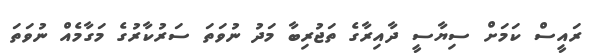
ރައީސް ކަމަށް ސިޔާސީ ދާއިރާގެ ތަޖުރިބާ މަދު ނުވަތަ ސަރުކާރުގެ މަގާމެއް ނުވަތަ